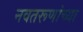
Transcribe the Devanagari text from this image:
नवतरूणांच्या